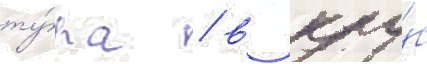
ту́ра / в клу́б